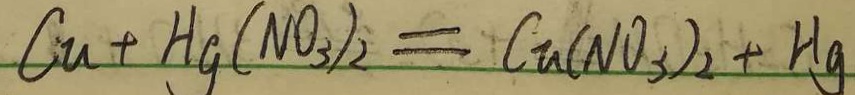
C u + H _ { g } ( N O _ { 3 } ) _ { 2 } = C u ( N O _ { 3 } ) _ { 2 } + H g